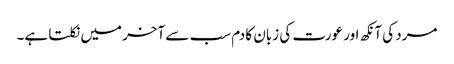
مرد کی آنکھ اور عورت کی زبان کا دم سب سے آخر میں نکلتا ہے۔